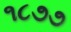
૧૮૭૭